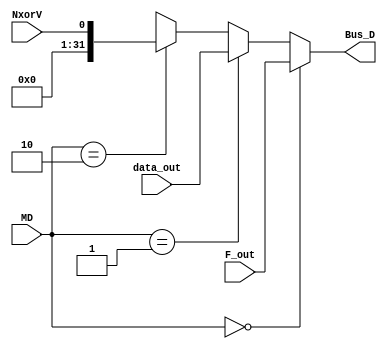
`timescale 1ns / 1ps

module RISC_muxD(
    input [1:0] MD,
    input NxorV,
    input [31:0] F_out,
    input [31:0] data_out,
    output [31:0] Bus_D
    );

    assign Bus_D = (MD==2'd0) ? F_out:
                   (MD==2'd1) ? data_out:
                   (MD==2'd2) ? {{31'b0},NxorV} : 32'bx;
endmodule